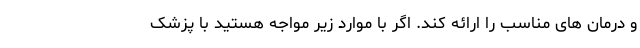
و درمان های مناسب را ارائه کند. اگر با موارد زیر مواجه هستید با پزشک